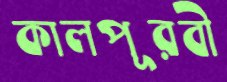
কালপূরবী